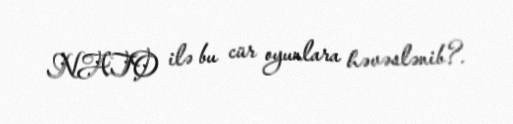
NATO ilə bu cür oyunlara həvəslənib?.